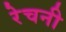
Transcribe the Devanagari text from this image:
रेचनी